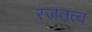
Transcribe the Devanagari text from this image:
रजतत्व